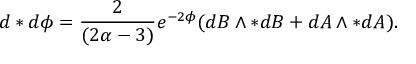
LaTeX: d * d \phi = \frac { 2 } { ( 2 \alpha - 3 ) } e ^ { - 2 \phi } ( d B \wedge * d B + d A \wedge * d A ) .